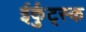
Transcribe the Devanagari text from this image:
ईर्कुट्स्क